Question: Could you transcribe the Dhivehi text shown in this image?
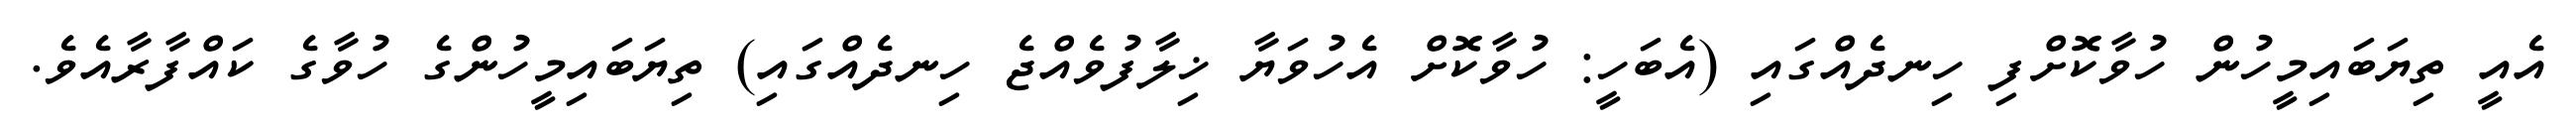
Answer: އެއީ ތިޔަބައިމީހުން ހުވާކޮށްފި ހިނދެއްގައި (އެބަހީ: ހުވާކޮށް އެހުވަޔާ ޚިލާފުވެއްޖެ ހިނދެއްގައި) ތިޔަބައިމީހުންގެ ހުވާގެ ކައްފާރާއެވެ.